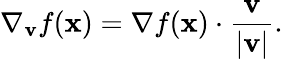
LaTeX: \nabla_{\mathbf{v}}{f}(\mathbf{x})=\nabla f(\mathbf{x})\cdot{\frac{\mathbf{v}}{|\mathbf{v}|}}.